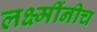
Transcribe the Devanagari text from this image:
लक्ष्मींनीच